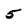
Character: 5